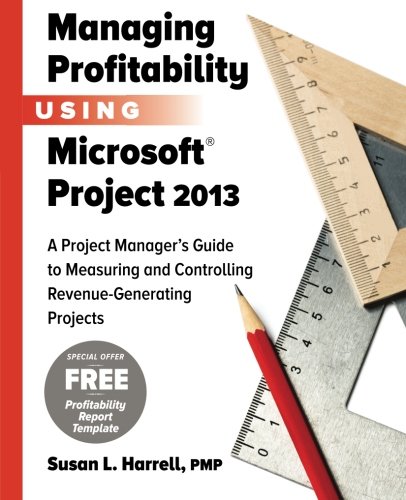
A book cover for Managing Profitability Using Microsoft Project 2013: A Project Manager's Guide to Measuring and Controlling Revenue-Generating Projects; Susan L Harrell PMP; Computers & Technology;